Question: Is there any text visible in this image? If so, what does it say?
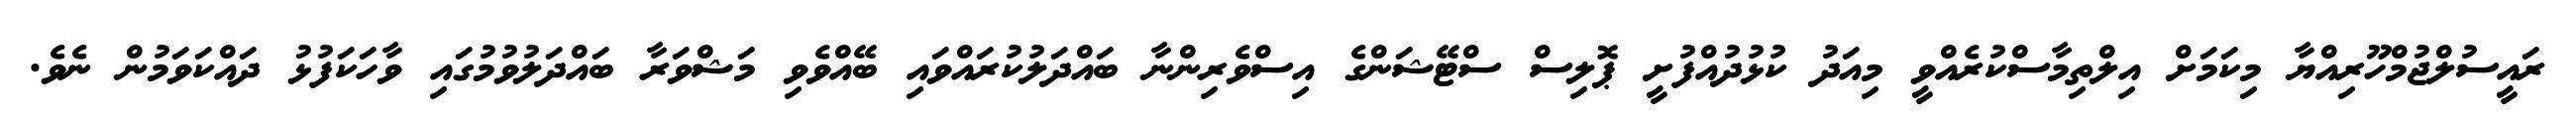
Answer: ރައީސުލްޖުމްހޫރިއްޔާ މިކަމަށް އިލްތިމާސްކުރެއްވީ މިއަދު ކުޅުދުއްފުށީ ޕޮލިސް ސްޓޭޝަންގެ އިސްވެރިންނާ ބައްދަލުކުރައްވައި ބޭއްވެވި މަޝްވަރާ ބައްދަލުވުމުގައި ވާހަކަފުޅު ދައްކަވަމުން ނެވެ.